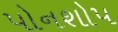
પોનશોપ